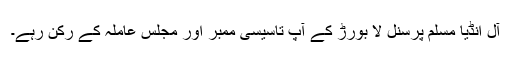
آل انڈیا مسلم پرسنل لا بورڑ کے آپ تاسیسی ممبر اور مجلس عاملہ کے رکن رہے۔